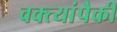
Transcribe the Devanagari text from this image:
वक्त्यांपैकी